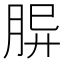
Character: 𦚪